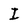
Character: I